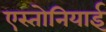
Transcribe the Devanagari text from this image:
एस्तोनियाई